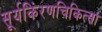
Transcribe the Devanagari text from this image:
सूर्यकिंरणचिकित्सा